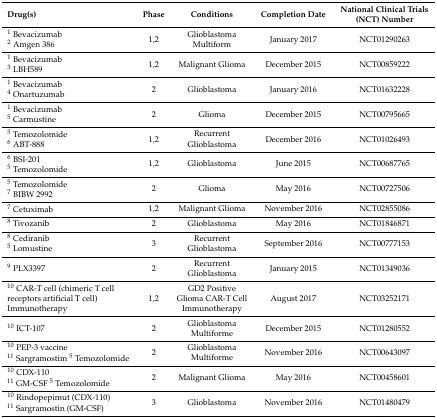
| Drug(s) | Phase | Conditions | Completion Date | National Clinical Trials (NCT) Number |
 | --- | --- | --- | --- | --- |
 | 1 Bevacizumab2 Amgen 386 | 1,2 | Glioblastoma Multiform | January 2017 | NCT01290263 |
 | 1 Bevacizumab3 LBH589 | 1,2 | Malignant Glioma | December 2015 | NCT00859222 |
 | 1 Bevacizumab4 Onartuzumab | 2 | Glioblastoma | January 2016 | NCT01632228 |
 | 1 Bevacizumab5 Carmustine | 2 | Glioma | December 2015 | NCT00795665 |
 | 5 Temozolomide6 ABT-888 | 1,2 | Recurrent Glioblastoma | December 2016 | NCT01026493 |
 | 6 BSI-2015 Temozolomide | 1,2 | Glioblastoma | June 2015 | NCT00687765 |
 | 5 Temozolomide7 BIBW 2992 | 2 | Glioma | May 2016 | NCT00727506 |
 | 7 Cetuximab | 1,2 | Malignant Glioma | November 2016 | NCT02855086 |
 | 8 Tivozanib | 2 | Glioblastoma | May 2016 | NCT01846871 |
 | 8 Cediranib5 Lomustine | 3 | Recurrent Glioblastoma | September 2016 | NCT00777153 |
 | 9 PLX3397 | 2 | Recurrent Glioblastoma | January 2015 | NCT01349036 |
 | 10 CAR-T cell (chimeric T cell receptors artificial T cell)Immunotherapy | 1,2 | GD2 Positive Glioma CAR-T CellImmunotherapy | August 2017 | NCT03252171 |
 | 10 ICT-107 | 2 | Glioblastoma Multiforme | December 2015 | NCT01280552 |
 | 10 PEP-3 vaccine11 Sargramostim 5 Temozolomide | 2 | Glioblastoma Multiforme | November 2016 | NCT00643097 |
 | 10 CDX-11011 GM-CSF 5 Temozolomide | 2 | Malignant Glioma | May 2016 | NCT00458601 |
 | 10 Rindopepimut (CDX-110)11 Sargramostin (GM-CSF) | 3 | Glioblastoma | November 2016 | NCT01480479 |